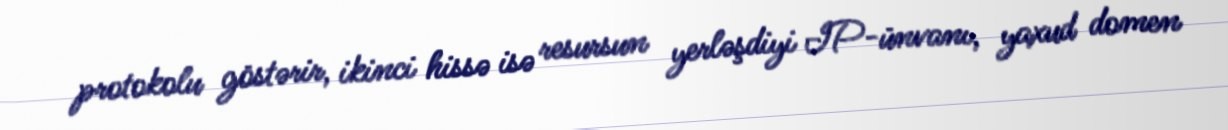
protokolu göstərir, ikinci hissə isə resursun yerləşdiyi IP-ünvanı, yaxud domen